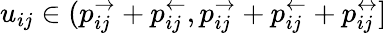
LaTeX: u_{ij}\in(p_{ij}^{\rightarrow}+p_{ij}^{\leftarrow},p_{ij}^{\rightarrow}+p_{ij}^{\leftarrow}+p_{ij}^{\leftrightarrow}]